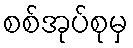
စစ်အုပ်စုမှ